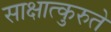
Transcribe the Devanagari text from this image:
साक्षात्कुरुते